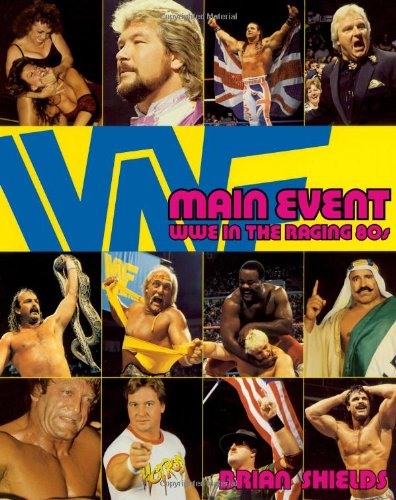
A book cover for Main Event: WWE in the Raging 80s; Brian Shields; Sports & Outdoors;